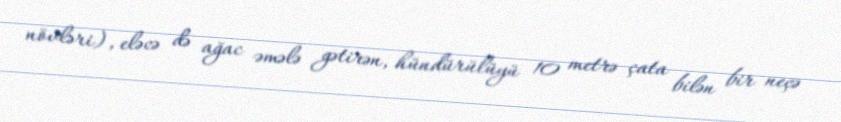
növləri), eləcə də ağac əmələ gətirən, hündürülüyü 10 metrə çata bilən bir neçə